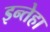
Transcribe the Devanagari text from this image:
इन्तेहा